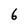
Character: 6